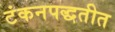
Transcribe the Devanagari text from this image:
टंकनपद्धतीत